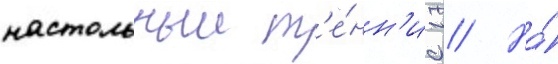
настольныи т'е́нн'ис // На́